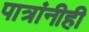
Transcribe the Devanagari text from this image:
पात्रांनीही